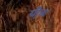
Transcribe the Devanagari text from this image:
ग्री़क